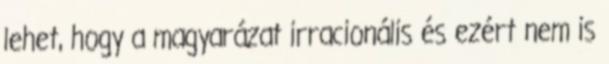
lehet, hogy a magyarázat irracionális és ezért nem is